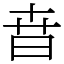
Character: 㫩